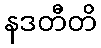
နဒတီတိ